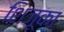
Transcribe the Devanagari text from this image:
शिज़ूका